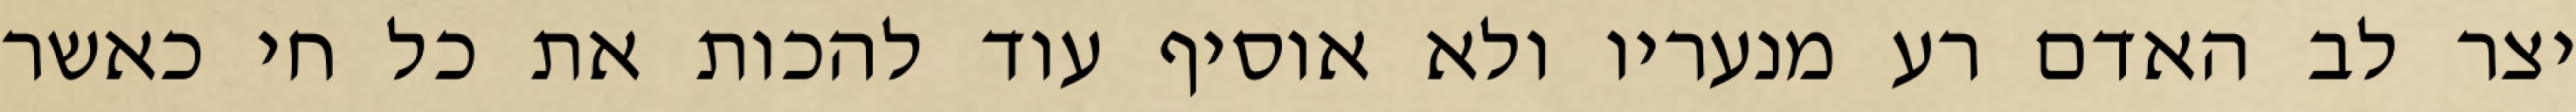
יצר לב האדם רע מנעריו ולא אוסיף עוד להכות את כל חי כאשר